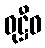
ဝုဋ္ဌီဝ